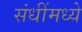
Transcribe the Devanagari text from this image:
संधींमध्ये